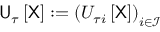
\mathsf { U } _ { \tau } \left[ \sf X \right] : = \left( U _ { \tau i } \left[ \sf X \right] \right) _ { i \in \mathcal { I } }